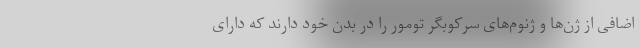
اضافی از ژن‌ها و ژنوم‌های سرکوبگر تومور را در بدن خود دارند که دارای